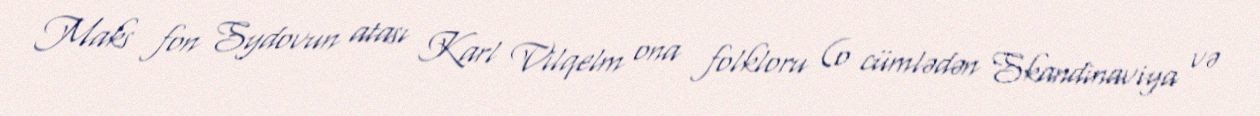
Maks fon Sydovun atası Karl Vilqelm ona folkloru (o cümlədən Skandinaviya və